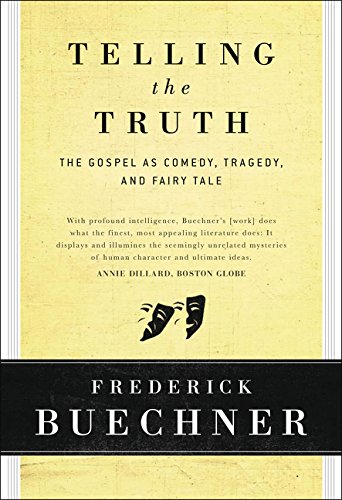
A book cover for Telling the Truth: The Gospel as Tragedy, Comedy, and Fairy Tale; Frederick Buechner; Christian Books & Bibles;